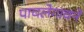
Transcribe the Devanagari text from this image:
पाचलेगावने